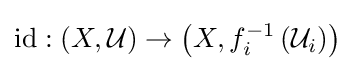
\operatorname {id} :\left(X,{\mathcal {U}}\right)\to \left(X,f_{i}^{-1}\left({\mathcal {U}}_{i}\right)\right)